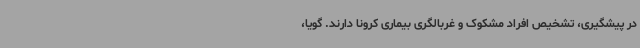
در پیشگیری، تشخیص افراد مشکوک و غربالگری بیماری‌ کرونا دارند. گویا،